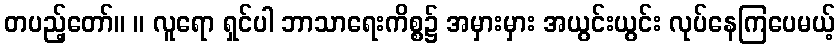
တပည့်တော်။ ။ လူရော ရှင်ပါ ဘာသာရေးကိစ္စ၌ အမှားမှား အယွင်းယွင်း လုပ်နေကြပေမယ့်